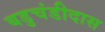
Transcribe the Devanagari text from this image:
बडुचंडीदास